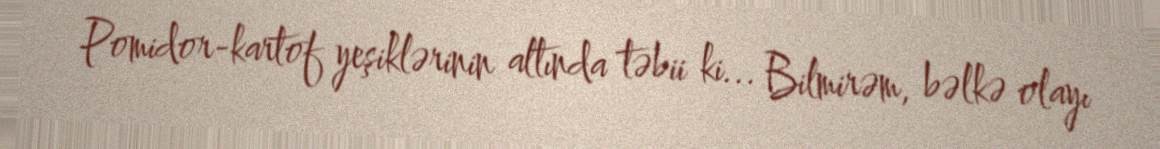
Pomidor-kartof yeşiklərinin altında təbii ki... Bilmirəm, bəlkə olayı